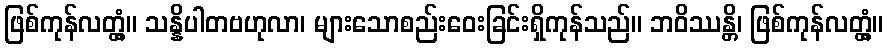
ဖြစ်ကုန်လတ္တံ့။ သန္နိပါတဗဟုလာ၊ များသောစည်းဝေးခြင်းရှိကုန်သည်။ ဘဝိဿန္တိ၊ ဖြစ်ကုန်လတ္တံ့။